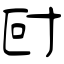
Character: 尀